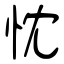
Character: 忱